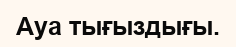
Ауа тығыздығы.